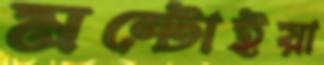
মন্টোইয়া